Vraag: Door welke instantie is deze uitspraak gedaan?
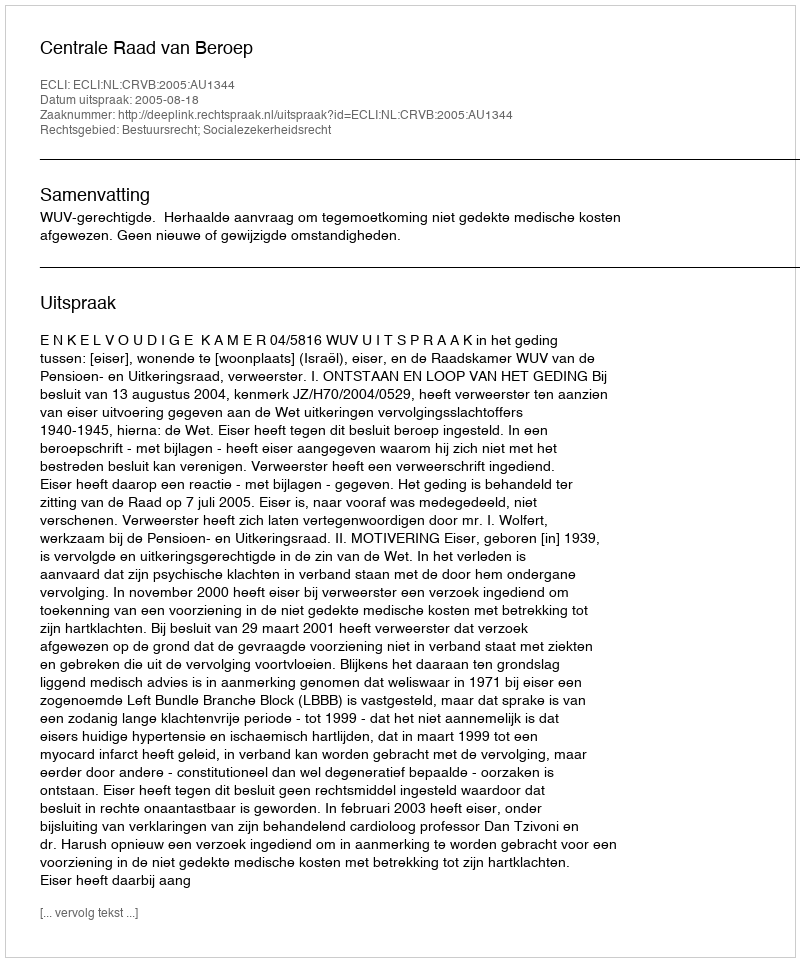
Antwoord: Centrale Raad van Beroep